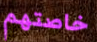
خاصتهم